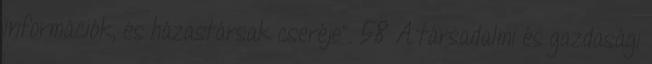
információk, és házastársak cseréje”. 58 A társadalmi és gazdasági